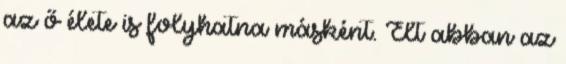
az ő élete is folyhatna másként. Élt abban az